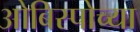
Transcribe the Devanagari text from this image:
ओबिस्पोच्या